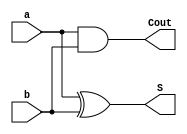
module half_adder(input a,b,output S,Cout);
  assign S=a^b;
  assign Cout=a&b;
endmodule
module halfadder_tb;
  reg a,b;
  wire S,Cout;
  half_adder ha(a,b,S,Cout);
  initial begin
    $monitor("At time %0t: a=%b,b=%b,S=%b,Cout=%b",$time,a,b,S,Cout);
    a=0;b=0;
    #10;
    a=0;b=1;
    #10;
    a=1;b=0;
    #10;
    a=1;b=1;
  end
endmodule